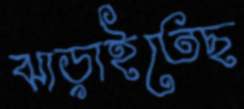
ঝাড়াইতেছ